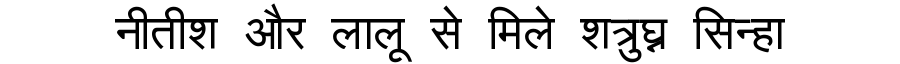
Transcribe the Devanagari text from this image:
नीतीश और लालू से मिले शत्रुघ्न सिन्हा